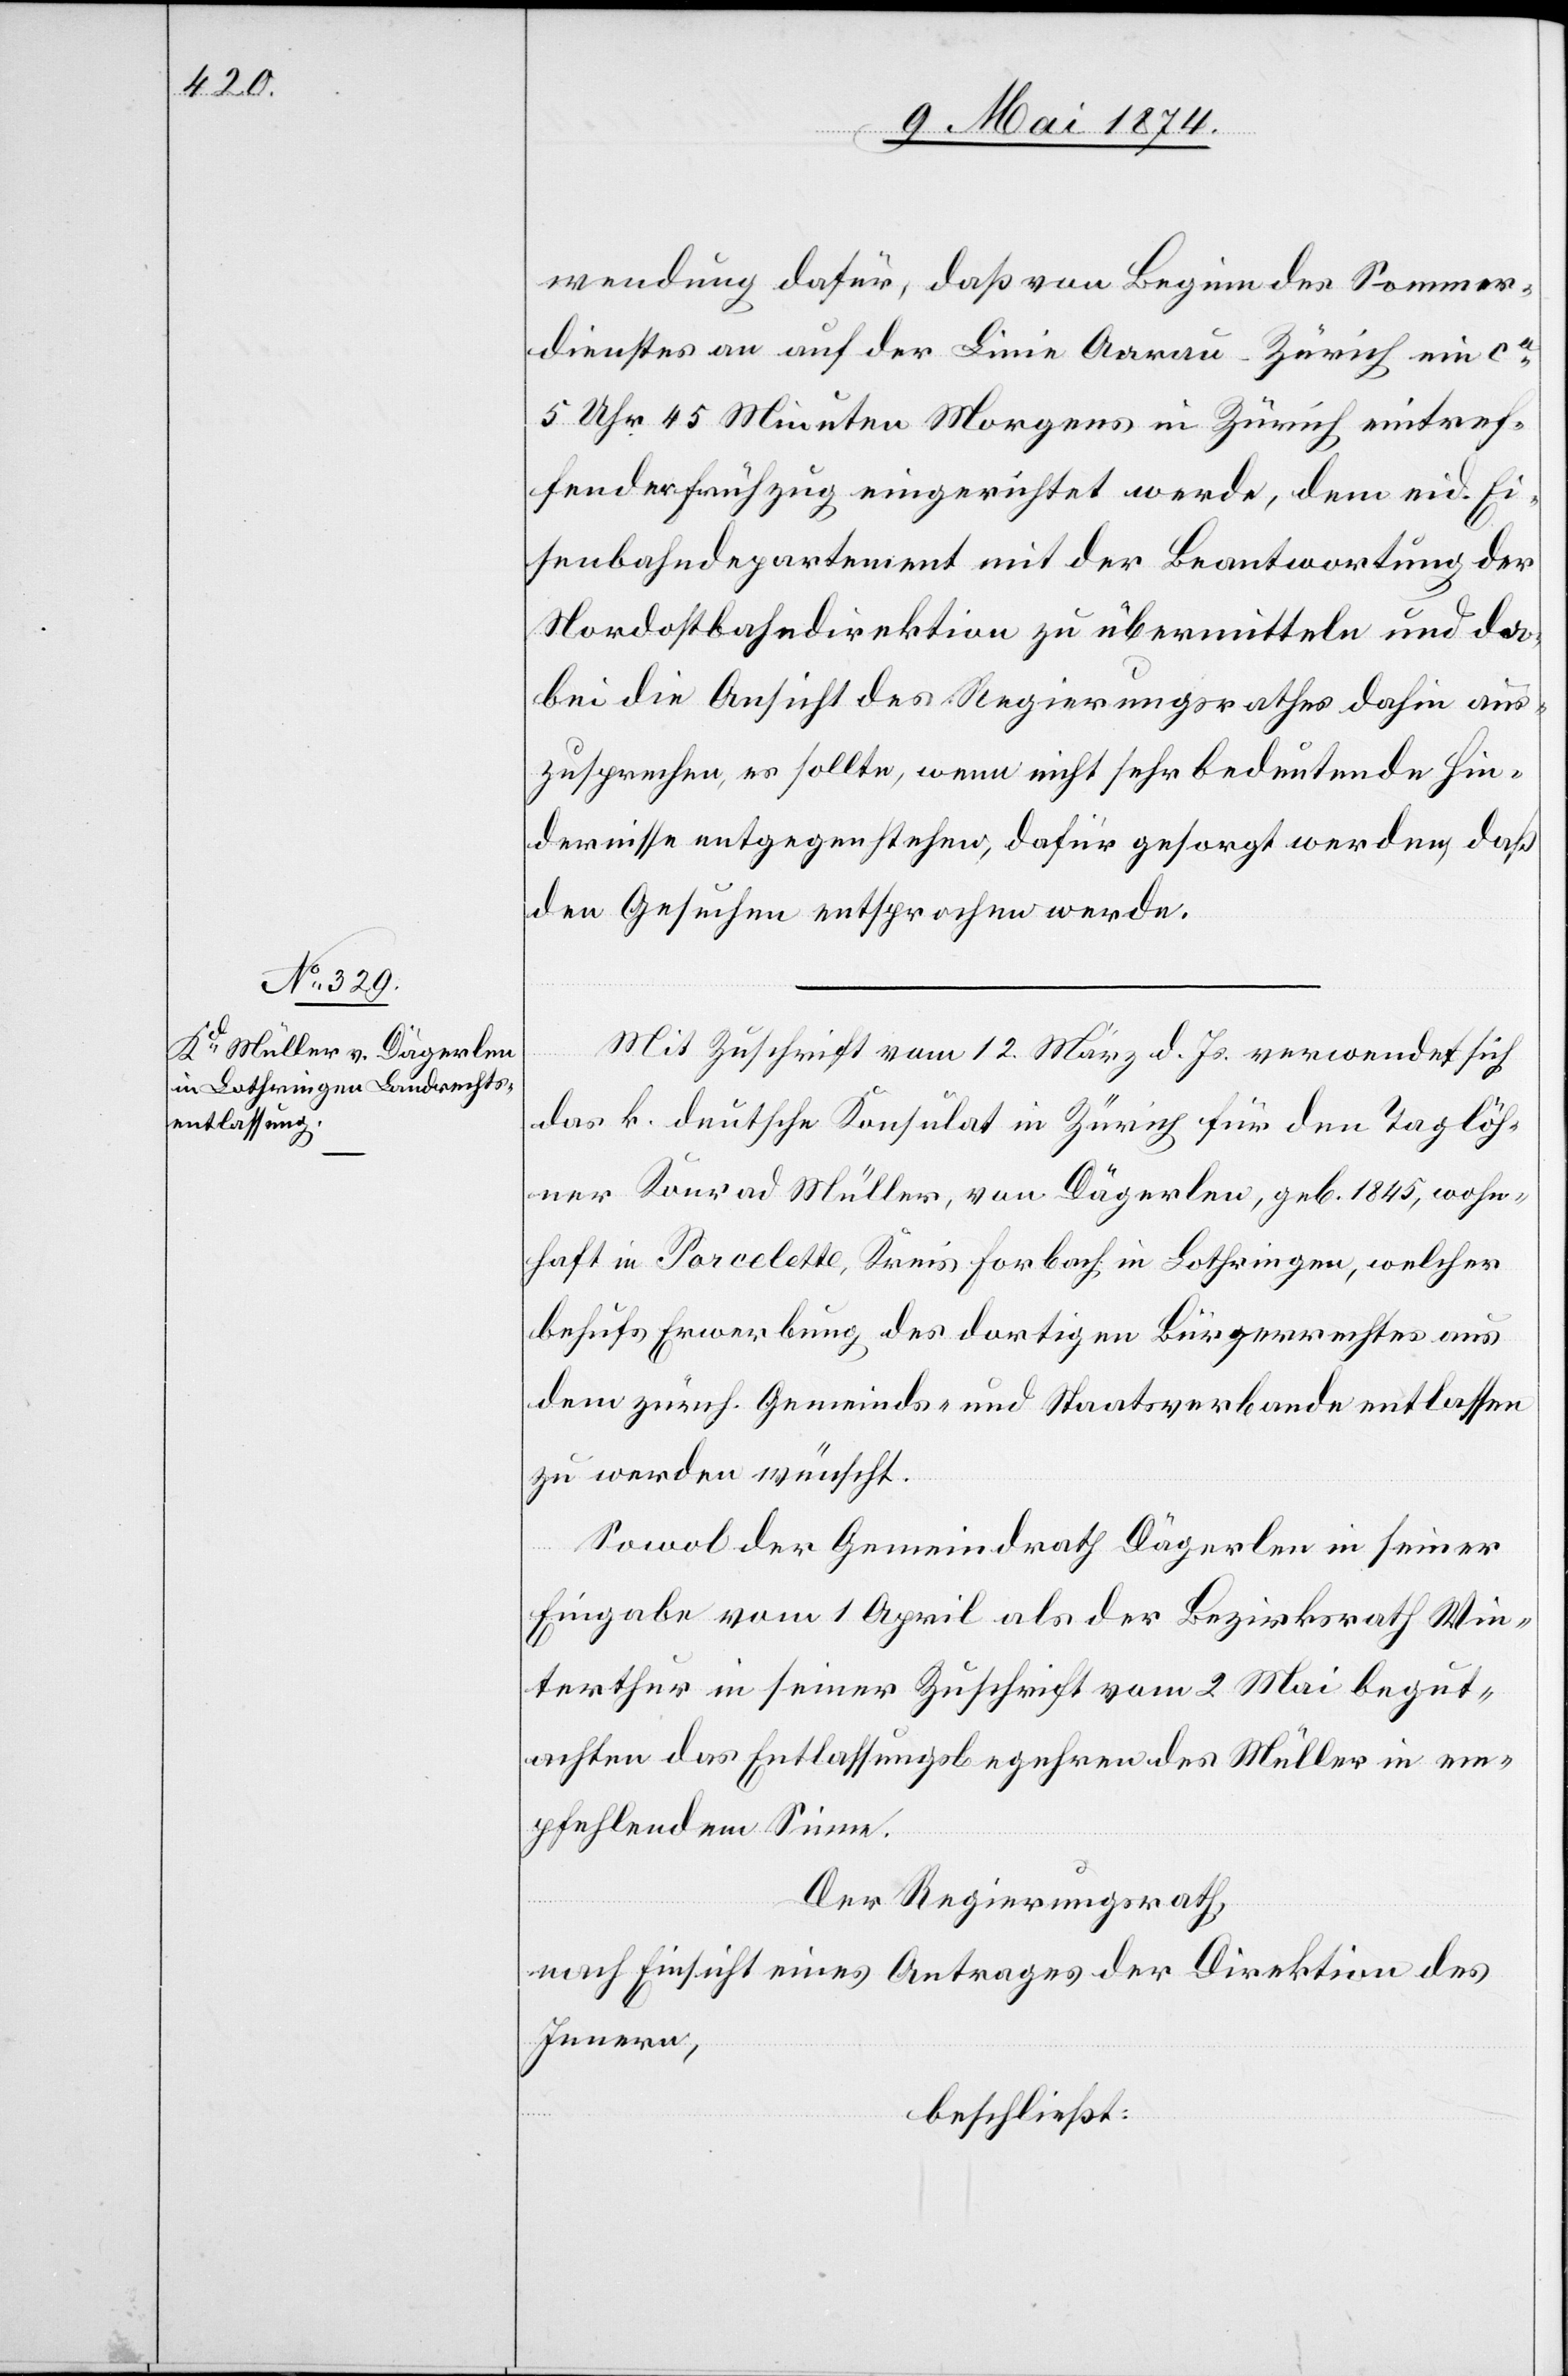
wendung dafür, daß von Beginn des Sommer¬
dienstes an auf der Linie Aarau-Zürich ein ca
5 Uhr 45 Minuten Morgens in Zürich eintref¬
fender Frühzug eingerichtet werde, dem eid. Ei¬
senbahndepartement mit der Beantwortung der
Nordostbahndirektion zu übermitteln und da¬
bei die Ansicht des Regierungsrathes dahin aus¬
zusprechen, es sollte, wenn nicht sehr bedeutende Hin¬
dernisse entgegenstehen, dafür gesorgt werden, daß
den Gesuchen entsprochen werde.
Mit Zuschrift vom 12. März d. Js. verwendet sich
das k. deutsche Konsulat in Zürich für den Taglöh¬
ner Konrad Müller, von Dägerlen, geb. 1845, wohn¬
haft in Porcelette, Kreis Forbach in Lothringen, welcher
behufs Erwerbung des dortigen Bürgerrechtes aus
dem zürch. Gemeinds- und Staatsverbande entlassen
zu werden wünscht.
Sowol der Gemeindrath Dägerlen in seiner
Eingabe vom 1. April als der Bezirksrath Win¬
terthur in seiner Zuschrift vom 2. Mai begut¬
achten das Entlassungsbegehren des Müller in em¬
pfehlendem Sinne.
Der Regierungsrath,
nach Einsicht eines Antrages der Direktion des
Innern,
beschließt: